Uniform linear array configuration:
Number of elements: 16
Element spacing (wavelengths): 0.75
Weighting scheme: cosine
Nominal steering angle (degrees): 0
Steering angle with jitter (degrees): -0.5851
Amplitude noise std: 0.05
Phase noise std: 0.05

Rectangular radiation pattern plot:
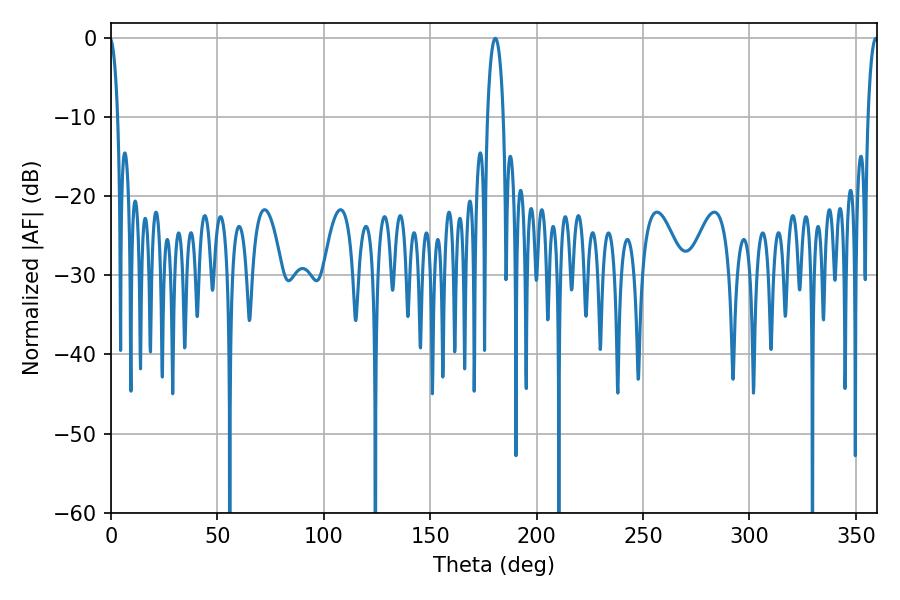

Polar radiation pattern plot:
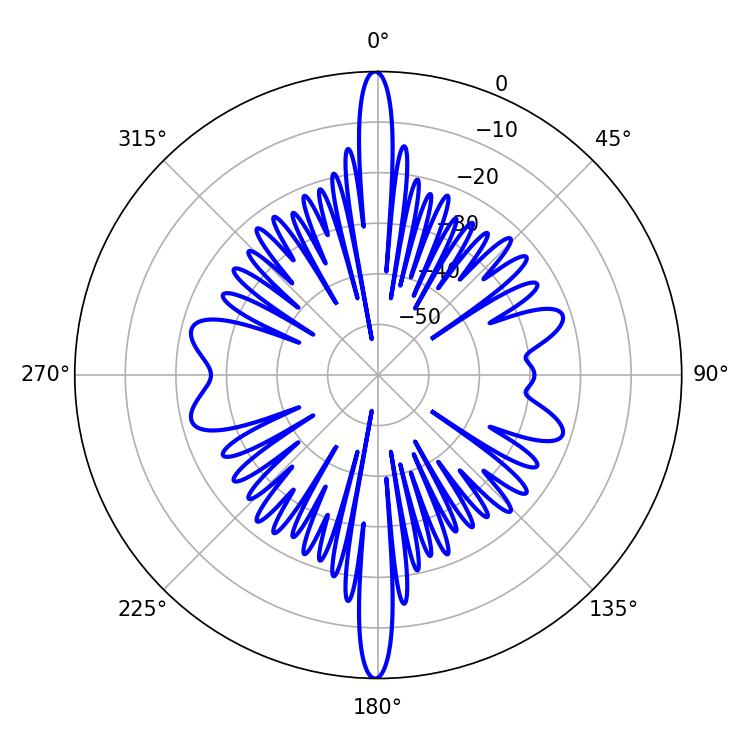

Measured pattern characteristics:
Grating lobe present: TRUE
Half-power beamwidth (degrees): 4.14
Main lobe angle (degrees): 180.54